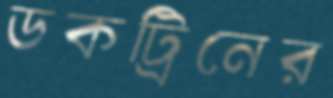
ডকট্রিনের